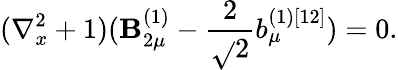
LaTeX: (\nabla_{x}^{2}+1)(\mathbf{B}_{2\mu}^{(1)}-\frac{{2}}{{\sqrt{}{{2}}}}b_{\mu}^{(1)[12]})=0.